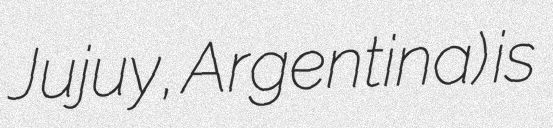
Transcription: Jujuy, Argentina) is